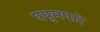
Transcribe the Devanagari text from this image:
पपुमपारे